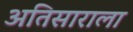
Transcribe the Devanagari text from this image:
अतिसाराला